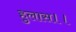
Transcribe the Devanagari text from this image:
हुलास।।